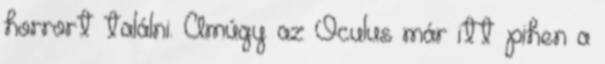
horrort találni. Amúgy az Oculus már itt pihen a